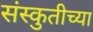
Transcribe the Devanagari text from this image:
संस्कुतीच्या